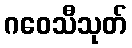
ဂဝေသီသုတ်